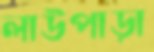
লাউপাড়া